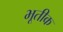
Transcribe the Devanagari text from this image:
भूतीक